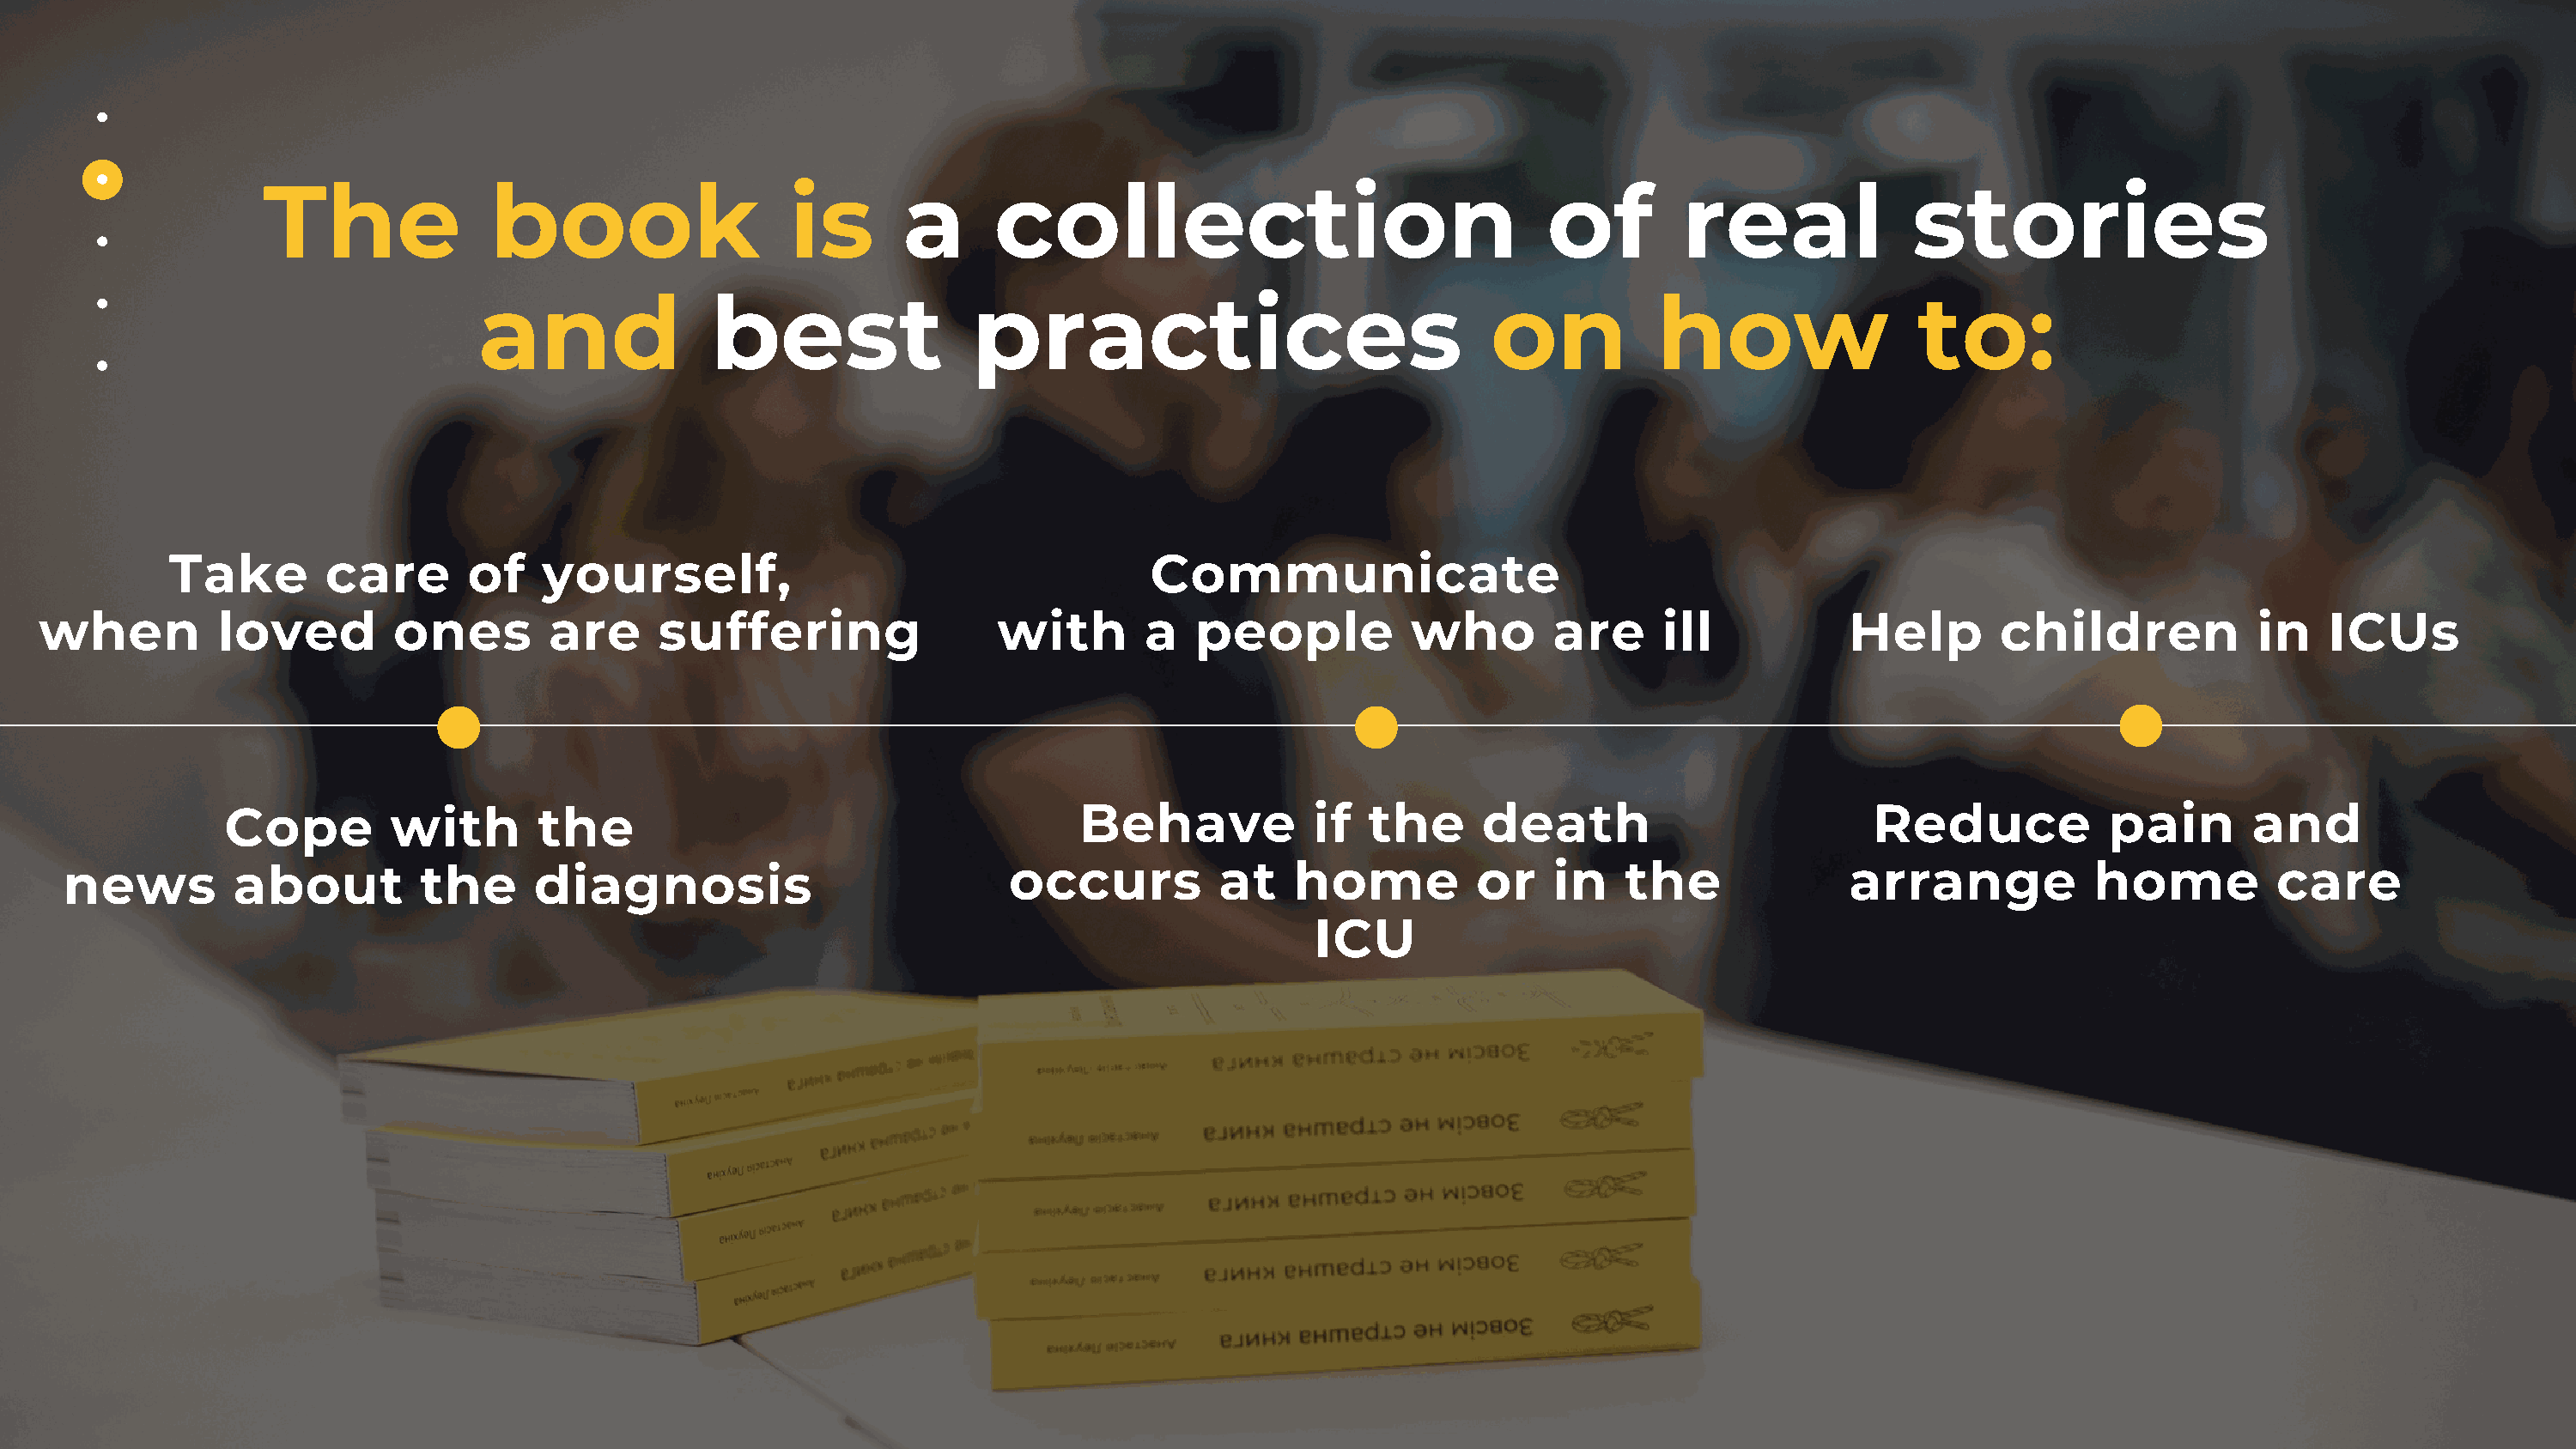
The               book                   is       a      collection                                of         real             stories
 and               best                practices                               on           how                 to:
 Take        care       of    yourself,                                      Communicate
 when          loved        ones        are      suffering                 with       a   people           who        are     ill            Help       children            in    ICUs
 Cope         with       the                                       Behave            if  the      death                         Reduce             pain       and
 news         about         the      diagnosis                            occurs          at    home          or    in   the               arrange           home           care
 ICU